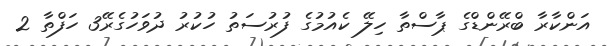
އަންކާރާ ބްރޭންޑްގެ ޕާސްތާ ހިލޭ ކެއުމުގެ ފުރުސަތު ހުކުރު ދުވަހުގެރޭ3 ހަފްތާ 2